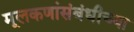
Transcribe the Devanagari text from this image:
मूलकणांसंबंधीच्या